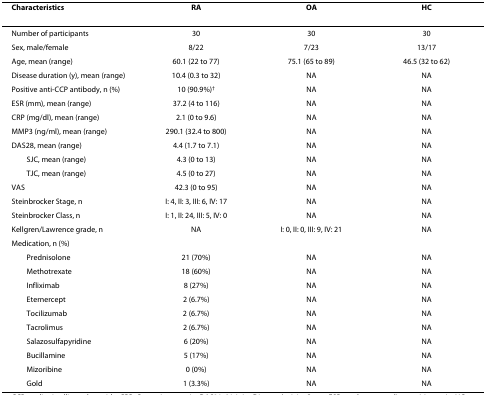
<table><thead><tr><td><b>Characteristics</b></td><td><b>RA</b></td><td><b>OA</b></td><td><b>HC</b></td></tr></thead><tbody><tr><td>Number of participants</td><td>30</td><td>30</td><td>30</td></tr><tr><td>Sex, male/female</td><td>8/22</td><td>7/23</td><td>13/17</td></tr><tr><td>Age, mean (range)</td><td>60.1 (22 to 77)</td><td>75.1 (65 to 89)</td><td>46.5 (32 to 62)</td></tr><tr><td>Disease duration (y), mean (range)</td><td>10.4 (0.3 to 32)</td><td>NA</td><td>NA</td></tr><tr><td>Positive anti-CCP antibody, n (%)</td><td>10 (90.9%)<sup>†</sup></td><td>NA</td><td>NA</td></tr><tr><td>ESR (mm), mean (range)</td><td>37.2 (4 to 116)</td><td>NA</td><td>NA</td></tr><tr><td>CRP (mg/dl), mean (range)</td><td>2.1 (0 to 9.6)</td><td>NA</td><td>NA</td></tr><tr><td>MMP3 (ng/ml), mean (range)</td><td>290.1 (32.4 to 800)</td><td>NA</td><td>NA</td></tr><tr><td>DAS28, mean (range)</td><td>4.4 (1.7 to 7.1)</td><td>NA</td><td>NA</td></tr><tr><td> SJC, mean (range)</td><td>4.3 (0 to 13)</td><td>NA</td><td>NA</td></tr><tr><td> TJC, mean (range)</td><td>4.5 (0 to 27)</td><td>NA</td><td>NA</td></tr><tr><td>VAS</td><td>42.3 (0 to 95)</td><td>NA</td><td>NA</td></tr><tr><td>Steinbrocker Stage, n</td><td>I: 4, II: 3, III: 6, IV: 17</td><td>NA</td><td>NA</td></tr><tr><td>Steinbrocker Class, n</td><td>I: 1, II: 24, III: 5, IV: 0</td><td>NA</td><td>NA</td></tr><tr><td>Kellgren/Lawrence grade, n</td><td>NA</td><td>I: 0, II: 0, III: 9, IV: 21</td><td>NA</td></tr><tr><td>Medication, n (%)</td><td></td><td></td><td></td></tr><tr><td> Prednisolone</td><td>21 (70%)</td><td>NA</td><td>NA</td></tr><tr><td> Methotrexate</td><td>18 (60%)</td><td>NA</td><td>NA</td></tr><tr><td> Infliximab</td><td>8 (27%)</td><td>NA</td><td>NA</td></tr><tr><td> Eternercept</td><td>2 (6.7%)</td><td>NA</td><td>NA</td></tr><tr><td> Tocilizumab</td><td>2 (6.7%)</td><td>NA</td><td>NA</td></tr><tr><td> Tacrolimus</td><td>2 (6.7%)</td><td>NA</td><td>NA</td></tr><tr><td> Salazosulfapyridine</td><td>6 (20%)</td><td>NA</td><td>NA</td></tr><tr><td> Bucillamine</td><td>5 (17%)</td><td>NA</td><td>NA</td></tr><tr><td> Mizoribine</td><td>0 (0%)</td><td>NA</td><td>NA</td></tr><tr><td> Gold</td><td>1 (3.3%)</td><td>NA</td><td>NA</td></tr></tbody></table>